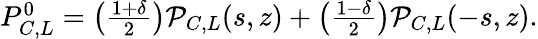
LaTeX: \begin{array}{r}{P_{C,L}^{0}=\left(\frac{1+\delta}{2}\right){\cal P}_{C,L}(s,z)+\left(\frac{1-\delta}{2}\right){\cal P}_{C,L}(-s,z).}\end{array}